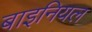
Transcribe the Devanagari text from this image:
बाइनियल